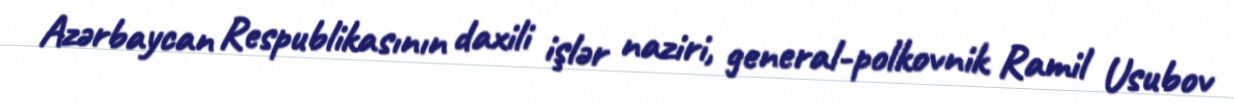
Azərbaycan Respublikasının daxili işlər naziri, general-polkovnik Ramil Usubov